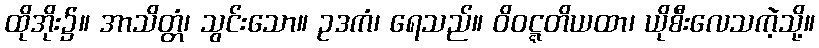
ထိုအိုး၌။ အာသိတ္တံ၊ သွင်းသော။ ဥဒကံ၊ ရေသည်။ ဝိဝဋ္ဋတိယထာ၊ ယိုစီးလေသကဲ့သို့။